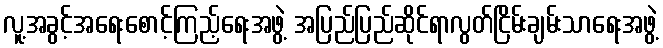
လူ့အခွင့်အရေးစောင့်ကြည့်ရေးအဖွဲ့ အပြည်ပြည်ဆိုင်ရာလွတ်ငြိမ်းချမ်းသာရေးအဖွဲ့